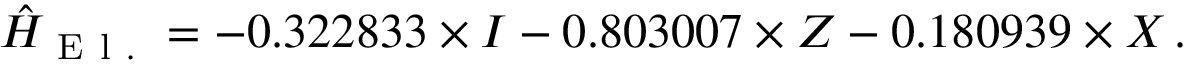
\begin{array} { r } { \hat { H } _ { \mathrm { ~ E ~ l ~ . ~ } } = - 0 . 3 2 2 8 3 3 \times I - 0 . 8 0 3 0 0 7 \times Z - 0 . 1 8 0 9 3 9 \times X \, . } \end{array}